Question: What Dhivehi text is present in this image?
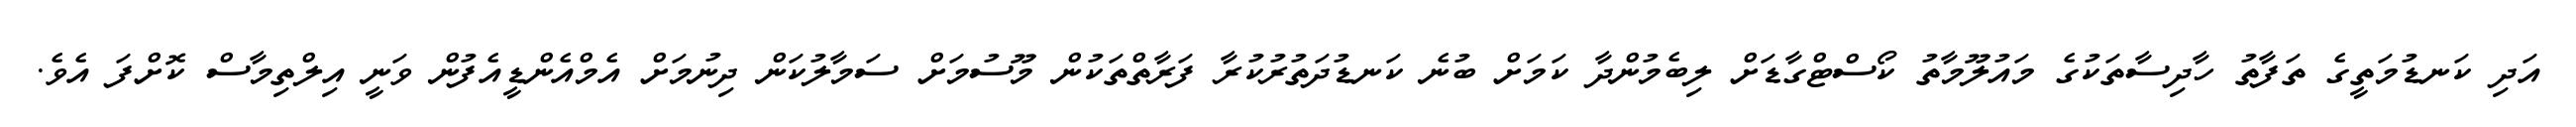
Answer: އަދި ކަނޑުމަތީގެ ތަފާތު ހާދިސާތަކުގެ މައުލޫމާތު ކޯސްޓްގާޑަށް ލިބެމުންދާ ކަމަށް ބުނެ ކަނޑުދަތުރުކުރާ ފަރާތްތަކުން މޫސުމަށް ސަމާލުކަން ދިނުމަށް އެމްއެންޑީއެފުން ވަނީ އިލްތިމާސް ކޮށްފަ އެވެ.